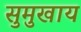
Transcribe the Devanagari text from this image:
सुमुखाय